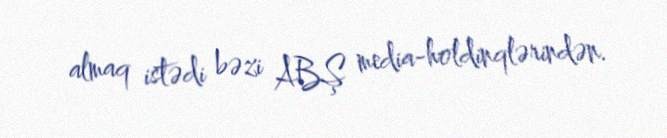
almaq istədi bəzi ABŞ media-holdinqlərindən.